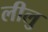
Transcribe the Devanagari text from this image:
लीलु